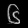
Digit: ၆